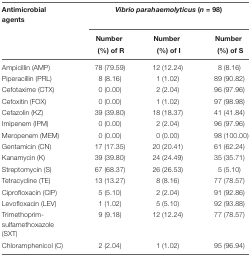
<table><thead><tr><td><b>Antimicrobial agents</b></td><td colspan="3"><b><i>Vibrio parahaemolyticus</i> (<i>n</i> = 98)</b></td></tr><tr><td></td><td><b>Number</b></td><td><b>Number</b></td><td><b>Number</b></td></tr><tr><td></td><td><b>(%) of R</b></td><td><b>(%) of I</b></td><td><b>(%) of S</b></td></tr></thead><tbody><tr><td>Ampicillin (AMP)</td><td>78 (79.59)</td><td>12 (12.24)</td><td>8 (8.16)</td></tr><tr><td>Piperacillin (PRL)</td><td>8 (8.16)</td><td>1 (1.02)</td><td>89 (90.82)</td></tr><tr><td>Cefotaxime (CTX)</td><td>0 (0.00)</td><td>2 (2.04)</td><td>96 (97.96)</td></tr><tr><td>Cefoxitin (FOX)</td><td>0 (0.00)</td><td>1 (1.02)</td><td>97 (98.98)</td></tr><tr><td>Cefazolin (KZ)</td><td>39 (39.80)</td><td>18 (18.37)</td><td>41 (41.84)</td></tr><tr><td>Imipenem (IPM)</td><td>0 (0.00)</td><td>2 (2.04)</td><td>96 (97.96)</td></tr><tr><td>Meropenem (MEM)</td><td>0 (0.00)</td><td>0 (0.00)</td><td>98 (100.00)</td></tr><tr><td>Gentamicin (CN)</td><td>17 (17.35)</td><td>20 (20.41)</td><td>61 (62.24)</td></tr><tr><td>Kanamycin (K)</td><td>39 (39.80)</td><td>24 (24.49)</td><td>35 (35.71)</td></tr><tr><td>Streptomycin (S)</td><td>67 (68.37)</td><td>26 (26.53)</td><td>5 (5.10)</td></tr><tr><td>Tetracycline (TE)</td><td>13 (13.27)</td><td>8 (8.16)</td><td>77 (78.57)</td></tr><tr><td>Ciprofloxacin (CIP)</td><td>5 (5.10)</td><td>2 (2.04)</td><td>91 (92.86)</td></tr><tr><td>Levofloxacin (LEV)</td><td>1 (1.02)</td><td>5 (5.10)</td><td>92 (93.88)</td></tr><tr><td>Trimethoprim-sulfamethoxazole (SXT)</td><td>9 (9.18)</td><td>12 (12.24)</td><td>77 (78.57)</td></tr><tr><td>Chloramphenicol (C)</td><td>2 (2.04)</td><td>1 (1.02)</td><td>95 (96.94)</td></tr></tbody></table>